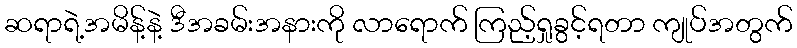
ဆရာရဲ့အမိန့်နဲ့ ဒီအခမ်းအနားကို လာရောက် ကြည့်ရှုခွင့်ရတာ ကျုပ်အတွက်